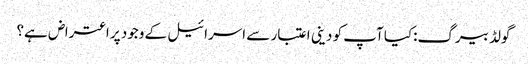
گولڈ بیرگ:کیا آپ کو دینی اعتبار سے اسرائیل کے وجود پر اعتراض ہے؟